Indian journal of veterinary science and animal husbandry - Volumes 22-23, 1952-1953
Year: 1952
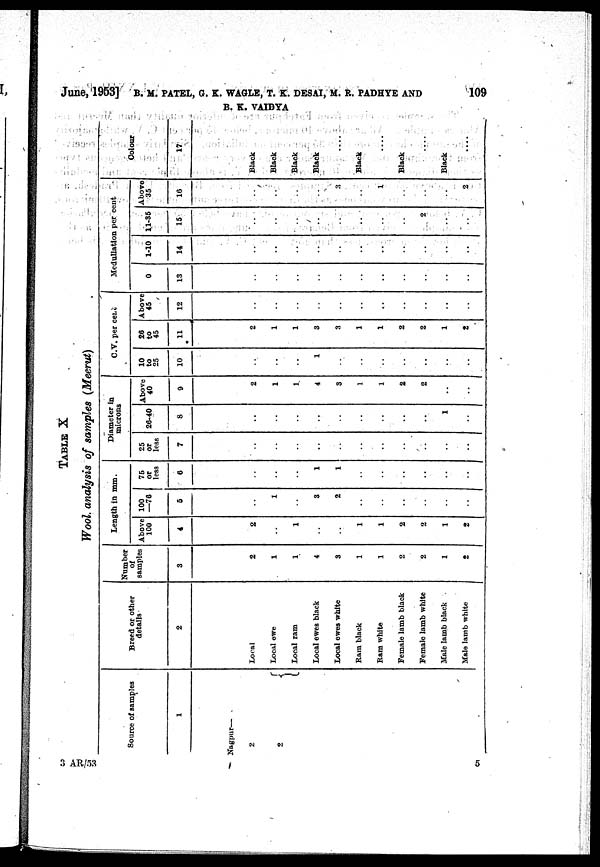
June, 1953] B. M. PATEL, G. K. WAGLE, T. K. DESAI, M. R. PADHYE AND 109
B. K. VAIDYA
TABLE X
Wool, analysis of samples (Meerut)
Source of samples
1
Nagpur—
2
2
Breed or other
details
2
Local
Local ewe
Local ram
Local ewes black
Local ewes white
Ram black
Ram white
Female lamb black
Female lamb white
Male lamb black
Male lamb white
Number
of
samples
3
2
1
1
4
3
1
1
2
2
1
2
Length in mm.
Above
100
4
2
..
1
..
..
1
1
2
2
1
2
100
—76
5
..
1
..
3
2
..
..
..
..
..
..
75
or
less
6
..
..
..
1
1
..
..
..
..
..
..
Diameter in
microns
25
or
less
7
..
..
..
..
..
..
..
..
..
..
..
26-40
8
..
..
..
..
..
..
..
..
..
1
..
Above
40
9
2
1
1
4
3
1
1
2
2
..
..
C.V. per cent
10
to
25
10
..
..
..
1
..
..
..
..
..
..
..
26
to
45
11
2
1
1
3
3
1
1
2
2
1
2
Above
45
12
..
..
..
..
..
..
..
..
..
..
..
Medullation per cent
0
13
..
..
..
..
..
..
..
..
..
..
..
1-10
14
..
..
..
..
..
..
..
..
..
..
..
11-35
15
..
..
..
..
..
..
..
..
2
..
..
Above
35
16
..
..
..
..
3
..
1
..
..
..
2
Colour
17
Black
Black
Black
Black
....
Black
....
Black
....
Black
....
3
AR/53
5